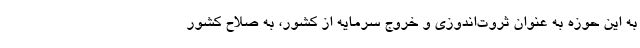
به این حوزه به عنوان ثروت‌اندوزی و خروج سرمایه از کشور، به صلاح کشور